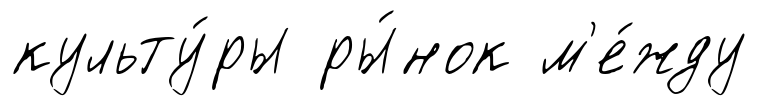
культу́ры ры́нок м'е́жду